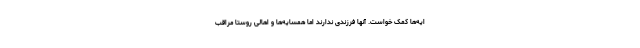
ایه‌ها کمک خواست. آنها فرزندی ندارند اما همسایه‌ها و اهالی روستا مراقب